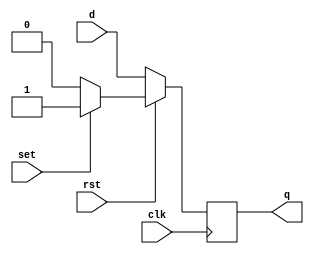
// module D_ff(d, clk, q, q_bar);
module D_ff(d, clk, q, rst, set);
    input d, clk, rst, set;
    output q;
    reg q;

    always @(posedge clk) begin
        if (rst) begin
            if (set) begin
                q <= 1;
            end 
            else begin
                q <=0;
            end
        end else begin
        q <= d;          
        end
    end
endmodule